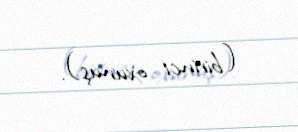
(birinci oxunuş).